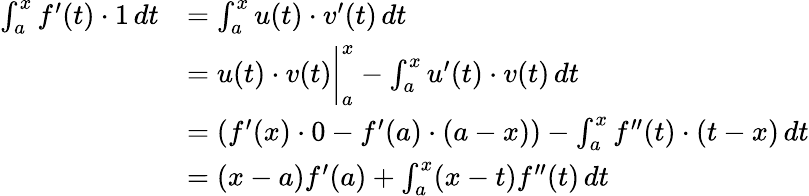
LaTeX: \begin{array}{rl}{\int_{a}^{x}f^{\prime}(t)\cdot 1\, dt}&{=\int_{a}^{x}u(t)\cdot v^{\prime}(t)\, dt}\\ &{=u(t)\cdot v(t)\bigg\rvert_{a}^{x}-\int_{a}^{x}u^{\prime}(t)\cdot v(t)\, dt}\\ &{=\left(f^{\prime}(x)\cdot 0-f^{\prime}(a)\cdot(a-x)\right)-\int_{a}^{x}f^{\prime\prime}(t)\cdot(t-x)\, dt}\\ &{=(x-a)f^{\prime}(a)+\int_{a}^{x}(x-t)f^{\prime\prime}(t)\, dt}\end{array}